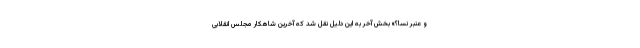
و عنبر نسا؟» بخش آخر به این دلیل نقل شد که آخرین شاهکار مجلس انقلابی